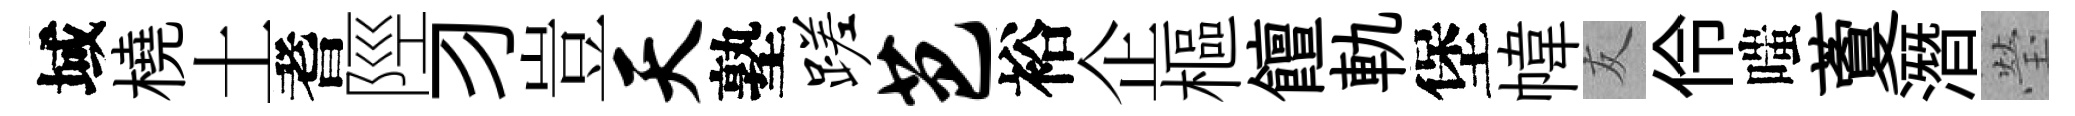
域橈土耆陘习豈天塾蹉芭裕企樞饘軌堡幃友伶嗤藑潛瑩